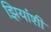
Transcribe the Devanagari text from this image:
झियांशी